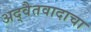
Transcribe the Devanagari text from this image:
अद्वैतवादाचा